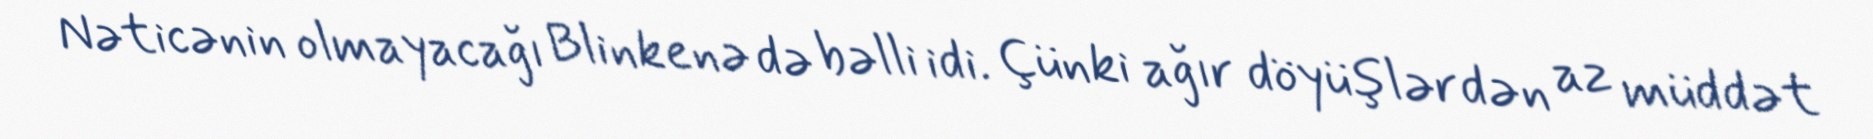
Nəticənin olmayacağı Blinkenə də bəlli idi. Çünki ağır döyüşlərdən az müddət